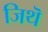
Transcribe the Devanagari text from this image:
जिथॆ